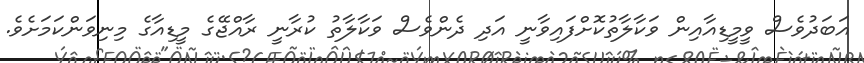
އަބަދުވެސް ވީމީޑިއާއިން ވަކާލާތުކޮށްފައިވާނީ އަދި ދެންވެސް ވަކާލާތު ކުރާނީ ރާއްޖޭގެ މީޑިއާގެ މިނިވަންކަމަށެވެ.